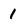
Character: 1